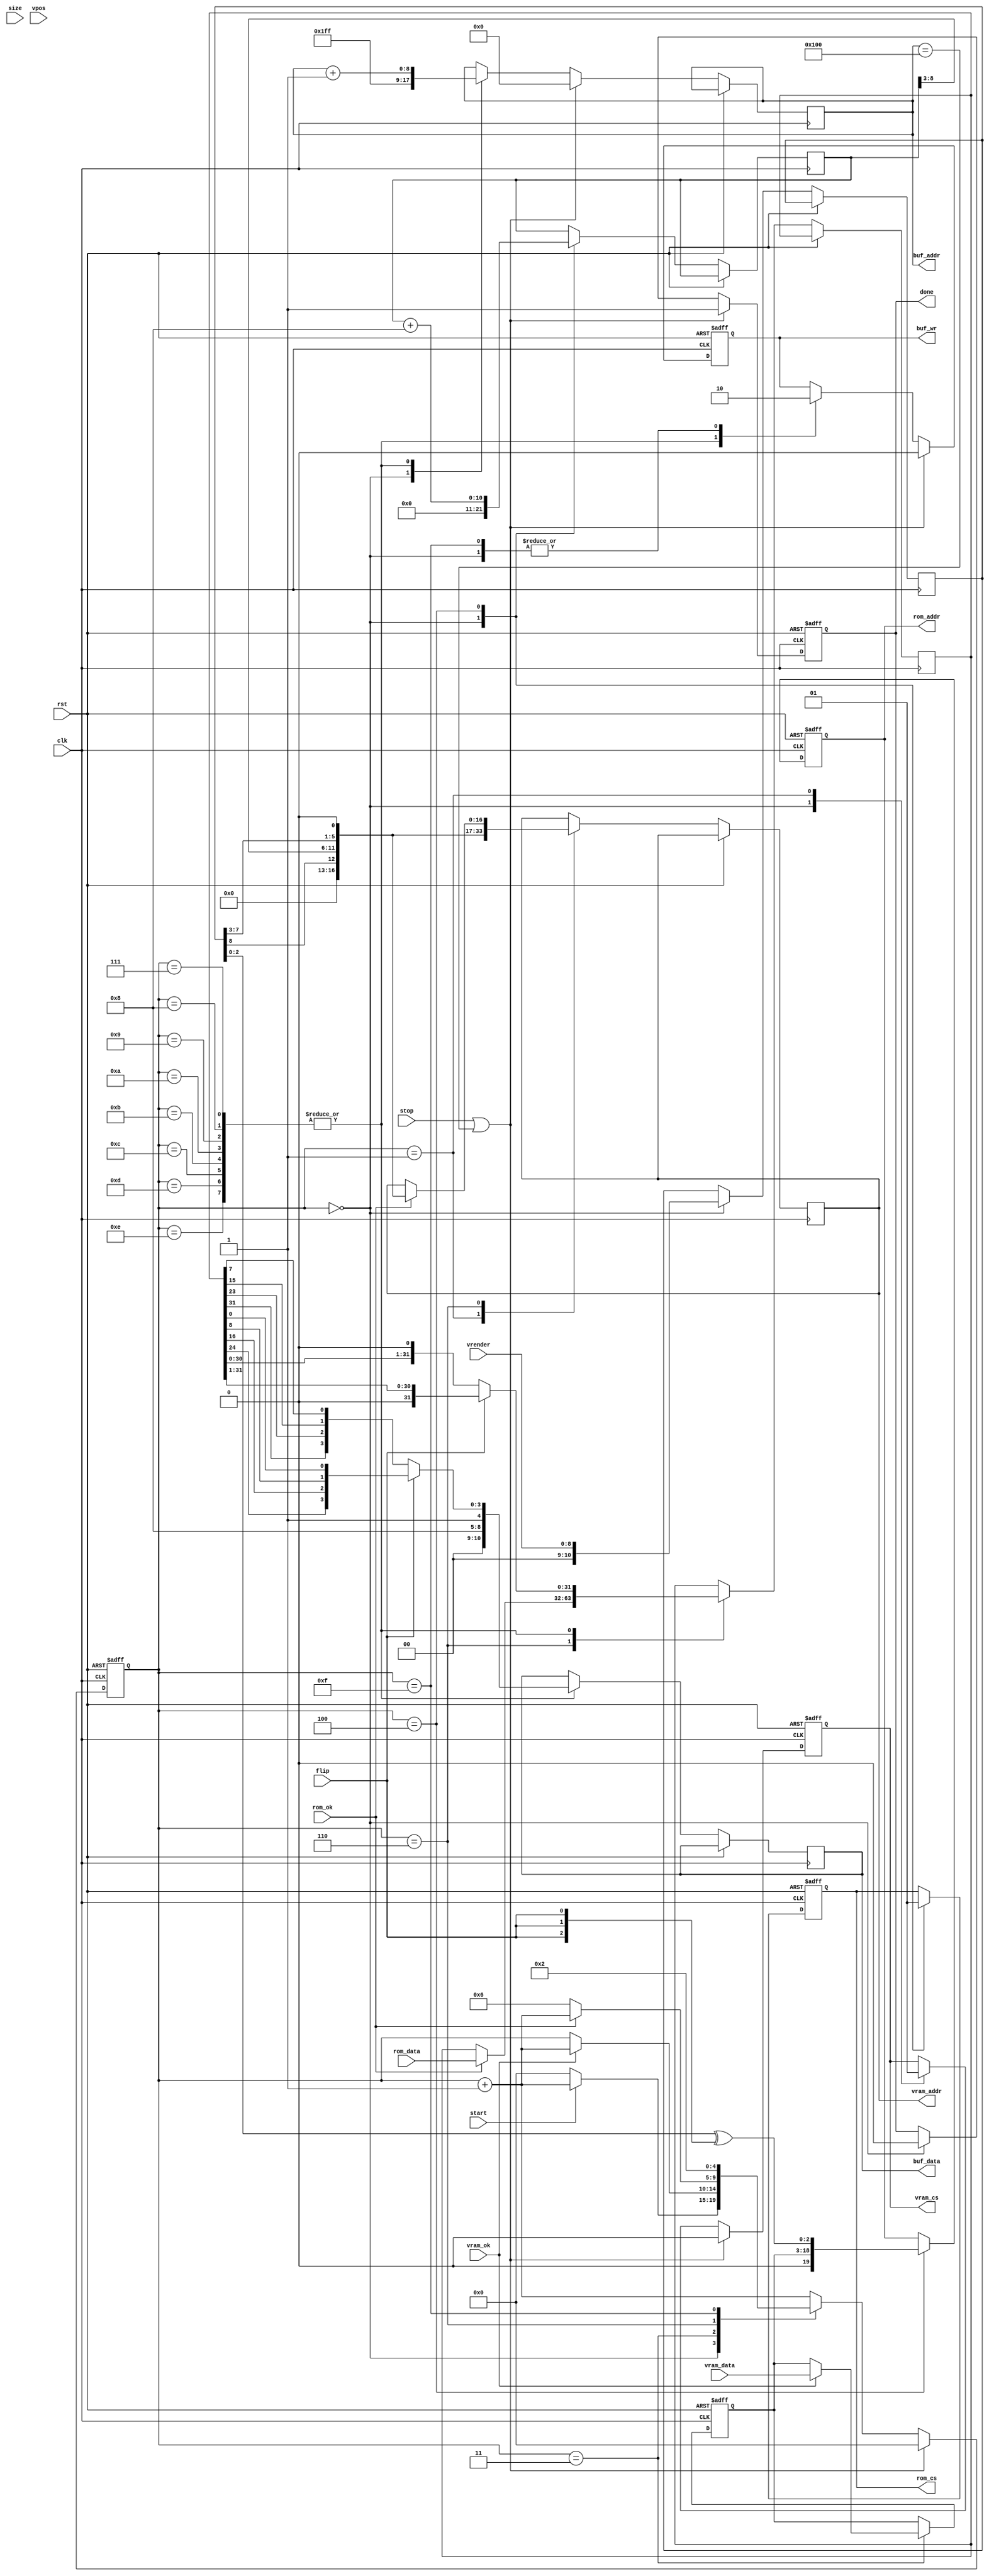
/*
  
   Multicore 2 / Multicore 2+
  
   Copyright (c) 2017-2020 - Victor Trucco

  
   All rights reserved
  
   Redistribution and use in source and synthezised forms, with or without
   modification, are permitted provided that the following conditions are met:
  
   Redistributions of source code must retain the above copyright notice,
   this list of conditions and the following disclaimer.
  
   Redistributions in synthesized form must reproduce the above copyright
   notice, this list of conditions and the following disclaimer in the
   documentation and/or other materials provided with the distribution.
  
   Neither the name of the author nor the names of other contributors may
   be used to endorse or promote products derived from this software without
   specific prior written permission.
  
   THIS CODE IS PROVIDED BY THE COPYRIGHT HOLDERS AND CONTRIBUTORS "AS IS"
   AND ANY EXPRESS OR IMPLIED WARRANTIES, INCLUDING, BUT NOT LIMITED TO,
   THE IMPLIED WARRANTIES OF MERCHANTABILITY AND FITNESS FOR A PARTICULAR
   PURPOSE ARE DISCLAIMED. IN NO EVENT SHALL THE AUTHOR OR CONTRIBUTORS BE
   LIABLE FOR ANY DIRECT, INDIRECT, INCIDENTAL, SPECIAL, EXEMPLARY, OR
   CONSEQUENTIAL DAMAGES (INCLUDING, BUT NOT LIMITED TO, PROCUREMENT OF
   SUBSTITUTE GOODS OR SERVICES; LOSS OF USE, DATA, OR PROFITS; OR BUSINESS
   INTERRUPTION) HOWEVER CAUSED AND ON ANY THEORY OF LIABILITY, WHETHER IN
   CONTRACT, STRICT LIABILITY, OR TORT (INCLUDING NEGLIGENCE OR OTHERWISE)
   ARISING IN ANY WAY OUT OF THE USE OF THIS SOFTWARE, EVEN IF ADVISED OF THE
   POSSIBILITY OF SUCH DAMAGE.
  
   You are responsible for any legal issues arising from your use of this code.
  
*//*  This file is part of JTFRAME.
    JTFRAME program is free software: you can redistribute it and/or modify
    it under the terms of the GNU General Public License as published by
    the Free Software Foundation, either version 3 of the License, or
    (at your option) any later version.

    JTFRAME program is distributed in the hope that it will be useful,
    but WITHOUT ANY WARRANTY; without even the implied warranty of
    MERCHANTABILITY or FITNESS FOR A PARTICULAR PURPOSE.  See the
    GNU General Public License for more details.

    You should have received a copy of the GNU General Public License
    along with JTFRAME.  If not, see <http://www.gnu.org/licenses/>.

    Author: Jose Tejada Gomez. Twitter: @topapate
    Version: 1.0
    Date: 13-1-2020 */
    
`timescale 1ns/1ps

// 8x8 tiles

module jtframe_tilemap(
    input              rst,
    input              clk,

    input      [ 8:0]  vrender, // 1 line ahead of vdump
    input      [ 2:0]  size,    // hot one encoding. bit 0=8x8, bit 1=16x16, bit 2=32x32
    // control registers
    input      [15:0]  vpos,
    input              flip,

    input              start,
    input              stop,
    output reg         done,


    output reg [17:1]  vram_addr,
    input      [15:0]  vram_data,
    input              vram_ok,
    output reg         vram_cs,

    output reg [19:0]  rom_addr,    // up to 1 MB
    input      [31:0]  rom_data,
    output reg         rom_cs,
    input              rom_ok,

    output reg [ 8:0]  buf_addr,
    output reg [10:0]  buf_data,
    output reg         buf_wr
);

reg [10:0] vn;
reg [10:0] hn;
reg [31:0] pxl_data;

reg [ 4:0] st;

reg [15:0] code,attr;

wire [11:0] scan;

assign      scan = { vn[8],   hn[8:3], vn[7:3] };

wire [4:0] pal   = attr[4:0];

function [3:0] colour;
    input [31:0] c;
    input        flip;
    colour = flip ? { c[24], c[16], c[ 8], c[0] } : 
                    { c[31], c[23], c[15], c[7] };
endfunction

always @(posedge clk or posedge rst) begin
    if(rst) begin
        rom_cs          <= 1'b0;
        vram_cs         <= 1'b0;
        buf_wr          <= 1'b0;
        done            <= 1'b0;
        st              <= 5'd0;
        rom_addr        <= 23'd0;
        code            <= 16'd0;
    end else begin
        st <= st+6'd1;
        case( st ) 
            0: begin
                rom_cs   <= 1'b0;
                vram_cs  <= 1'b0;
                vn       <= {7'd0, vrender};
                hn       <= 11'd0;
                buf_addr <= 9'h1ff;
                buf_wr   <= 1'b0;
                done     <= 1'b0;
                if(!start) begin
                    st   <= 0;
                end
            end
            ///////////////////////
            1: begin
                vram_addr <= { 4'd0, scan, 1'b0 };
                vram_cs   <= 1'b1;
            end
            3: begin
                if( vram_ok ) begin
                    code <= vram_data;
                end else st<=st;
            end
            4: begin
                rom_addr <= { 1'b0, code, vn[2:0] ^ {3{flip}} };
                rom_cs   <= 1'b1;
                hn <= hn + 11'h8;
            end
            6: if(rom_ok) begin
                vram_addr <= { 4'd0, scan, 1'b0 };
                pxl_data  <= rom_data;   // 32 bits = 32/4 = 8 pixels
            end else st<=6;
            7,8,9,10,    11,12,13,14: begin
                buf_wr   <= 1'b1;
                buf_addr <= buf_addr+9'd1;
                buf_data <= { pal, colour(pxl_data, flip) };
                pxl_data <= flip ? pxl_data>>1 : pxl_data<<1;
            end
            15: begin
                buf_wr <= 1'b0;
                st <= 6'd2; // scan again. Jumps to 2 because vram_addr was already
                        // updated at 6
            end
        endcase
        if( stop || buf_addr == 9'h100 ) begin // 256 pixels
            // it is important to set vram_cs as soon as possible
            // in order to avoid the SDRAM controller to be processing
            // a request at the time the scroll controller moves to
            // the SCROLL 2 layer, as this could prevent the row scroll
            // values from reading correctly
            buf_addr<= 9'd0;
            buf_wr  <= 1'b0;
            done    <= 1'b1;
            st      <= 6'd0;
            vram_cs <= 1'b0;
        end
    end
end

endmodule